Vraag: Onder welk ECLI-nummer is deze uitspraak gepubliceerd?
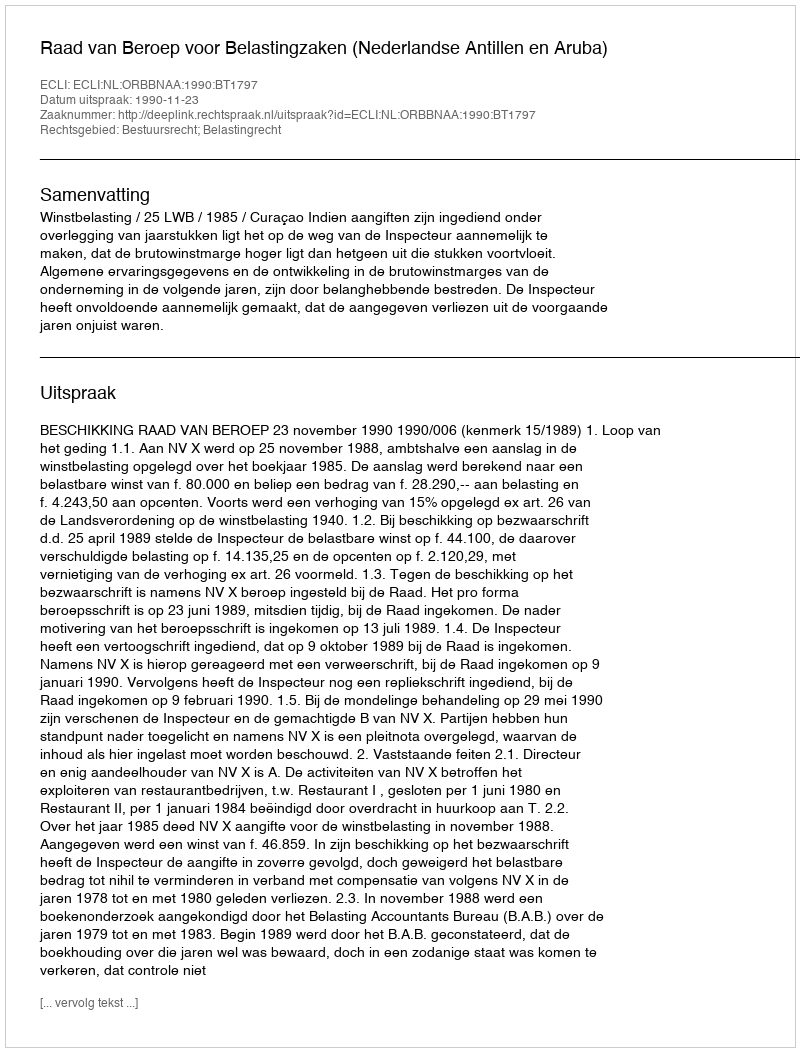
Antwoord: ECLI:NL:ORBBNAA:1990:BT1797